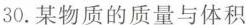
30. 某物质的质量与体积